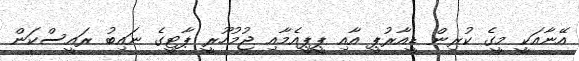
އޭނާއަކީ މީގެ ކުރިން ޑީއާރުޕީ އާއި ޕީޕީއެމާއި ޖުމުހޫރީ ޕާޓީގެ ނައިބު ރައީސްކަން